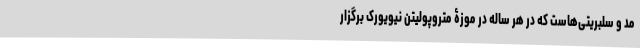
مد و سلبریتی‌هاست که در هر ساله در موزۀ متروپولیتن نیویورک برگزار